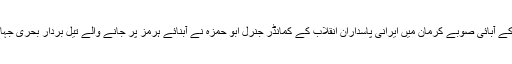
جنوبی ایران میں قاسم سلیمانی کے آبائی صوبے کرمان میں ایرانی پاسداران انقلاب کے کمانڈر جنرل ابو حمزہ نے آبنائے ہرمز پر جانے والے تیل بردار بحری جہازوں پر حملے کا عندیہ دیا تھا۔